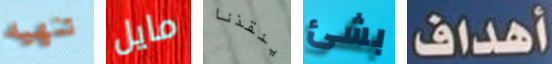
تنهيه مايل ينقذنا بشئ أهداف